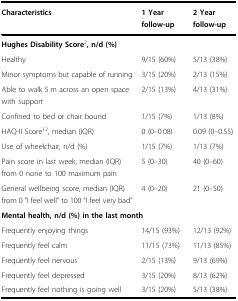
| Characteristics | 1 Year follow-up | 2 Year follow-up |
 | --- | --- | --- |
 | <COLSPAN=3> Hughes Disability Score2, n/d (%) |
 | Healthy | 9/15 (60%) | 5/13 (38%) |
 | Minor symptoms but capable of running | 3/15 (20%) | 2/13 (15%) |
 | Able to walk 5 m across an open space with support | 2/15 (13%) | 4/13 (31%) |
 | Confined to bed or chair bound | 1/15 (7%) | 1/13 (8%) |
 | HAQ-II Score12, median (IQR) | 0 (0–0.08) | 0.09 (0–0.55) |
 | Use of wheelchair, n/d (%) | 1/15 (7%) | 1/13 (7%) |
 | Pain score in last week, median (IQR) from 0 none to 100 maximum pain | 5 (0–30) | 40 (0–60) |
 | General wellbeing score, median (IQR) from 0 “I feel well” to 100 “I feel very bad” | 4 (0–20) | 21 (0–50) |
 | <COLSPAN=3> Mental health, n/d (%) in the last month |
 | Frequently enjoying things | 14/15 (93%) | 12/13 (92%) |
 | Frequently feel calm | 11/15 (73%) | 11/13 (85%) |
 | Frequently feel nervous | 2/15 (13%) | 9/13 (69%) |
 | Frequently feel depressed | 3/15 (20%) | 8/13 (62%) |
 | Frequently feel nothing is going well | 3/15 (20%) | 5/13 (38%) |